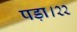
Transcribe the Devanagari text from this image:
पड़ा।२२